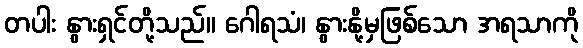
တပါး နွားရှင်တို့သည်။ ဂေါရသံ၊ နွားနို့မှဖြစ်သော အရသာကို